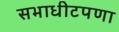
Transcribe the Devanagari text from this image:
सभाधीटपणा